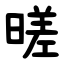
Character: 暛